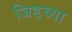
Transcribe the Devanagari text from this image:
जिद्दच्या